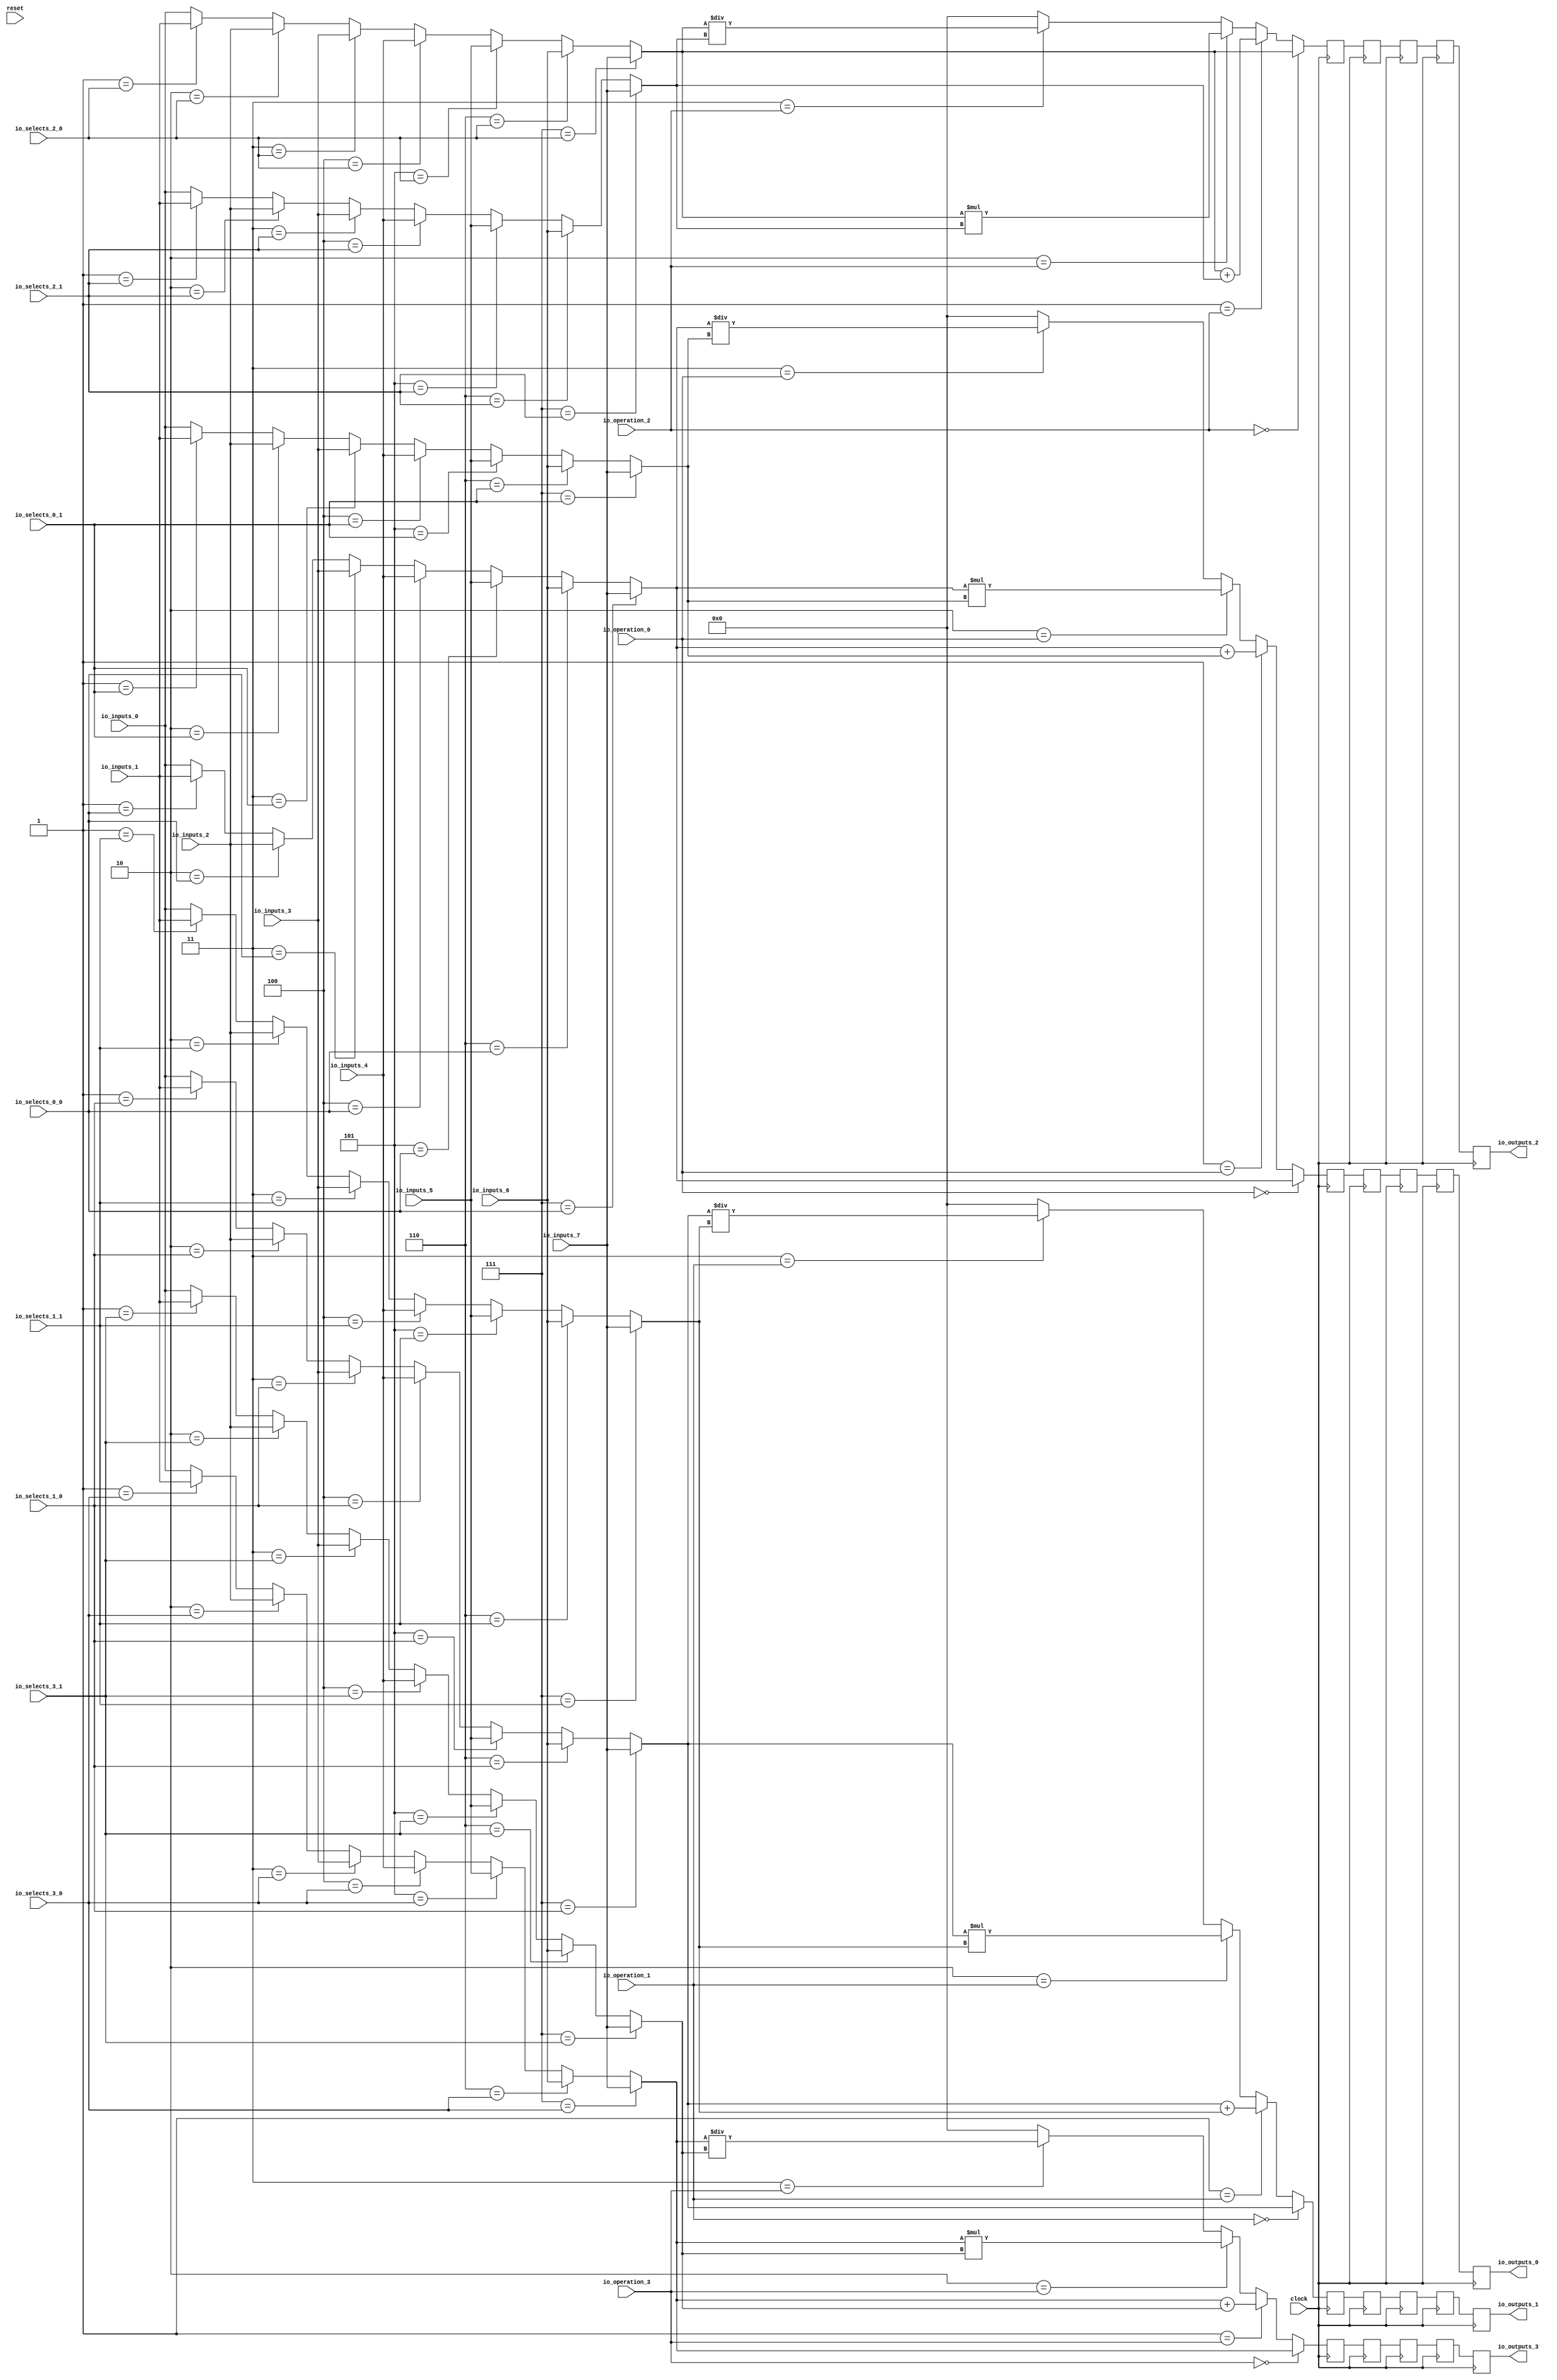
module MuxTest_width_64_inputs_8_outputs_4_pipeline_5( // @[:@3.2]
  input         clock, // @[:@4.4]
  input         reset, // @[:@5.4]
  input  [2:0]  io_selects_0_0, // @[:@6.4]
  input  [2:0]  io_selects_0_1, // @[:@6.4]
  input  [2:0]  io_selects_1_0, // @[:@6.4]
  input  [2:0]  io_selects_1_1, // @[:@6.4]
  input  [2:0]  io_selects_2_0, // @[:@6.4]
  input  [2:0]  io_selects_2_1, // @[:@6.4]
  input  [2:0]  io_selects_3_0, // @[:@6.4]
  input  [2:0]  io_selects_3_1, // @[:@6.4]
  input  [2:0]  io_operation_0, // @[:@6.4]
  input  [2:0]  io_operation_1, // @[:@6.4]
  input  [2:0]  io_operation_2, // @[:@6.4]
  input  [2:0]  io_operation_3, // @[:@6.4]
  input  [63:0] io_inputs_0, // @[:@6.4]
  input  [63:0] io_inputs_1, // @[:@6.4]
  input  [63:0] io_inputs_2, // @[:@6.4]
  input  [63:0] io_inputs_3, // @[:@6.4]
  input  [63:0] io_inputs_4, // @[:@6.4]
  input  [63:0] io_inputs_5, // @[:@6.4]
  input  [63:0] io_inputs_6, // @[:@6.4]
  input  [63:0] io_inputs_7, // @[:@6.4]
  output [63:0] io_outputs_0, // @[:@6.4]
  output [63:0] io_outputs_1, // @[:@6.4]
  output [63:0] io_outputs_2, // @[:@6.4]
  output [63:0] io_outputs_3 // @[:@6.4]
);
  wire [63:0] _GEN_1; // @[MuxTest_width_64_inputs_8_outputs_4_pipeline_5s.scala 32:53:@8.4]
  wire [63:0] _GEN_2; // @[MuxTest_width_64_inputs_8_outputs_4_pipeline_5s.scala 32:53:@8.4]
  wire [63:0] _GEN_3; // @[MuxTest_width_64_inputs_8_outputs_4_pipeline_5s.scala 32:53:@8.4]
  wire [63:0] _GEN_4; // @[MuxTest_width_64_inputs_8_outputs_4_pipeline_5s.scala 32:53:@8.4]
  wire [63:0] _GEN_5; // @[MuxTest_width_64_inputs_8_outputs_4_pipeline_5s.scala 32:53:@8.4]
  wire [63:0] _GEN_6; // @[MuxTest_width_64_inputs_8_outputs_4_pipeline_5s.scala 32:53:@8.4]
  wire [63:0] _GEN_7; // @[MuxTest_width_64_inputs_8_outputs_4_pipeline_5s.scala 32:53:@8.4]
  wire [63:0] _GEN_9; // @[MuxTest_width_64_inputs_8_outputs_4_pipeline_5s.scala 32:53:@8.4]
  wire [63:0] _GEN_10; // @[MuxTest_width_64_inputs_8_outputs_4_pipeline_5s.scala 32:53:@8.4]
  wire [63:0] _GEN_11; // @[MuxTest_width_64_inputs_8_outputs_4_pipeline_5s.scala 32:53:@8.4]
  wire [63:0] _GEN_12; // @[MuxTest_width_64_inputs_8_outputs_4_pipeline_5s.scala 32:53:@8.4]
  wire [63:0] _GEN_13; // @[MuxTest_width_64_inputs_8_outputs_4_pipeline_5s.scala 32:53:@8.4]
  wire [63:0] _GEN_14; // @[MuxTest_width_64_inputs_8_outputs_4_pipeline_5s.scala 32:53:@8.4]
  wire [63:0] _GEN_15; // @[MuxTest_width_64_inputs_8_outputs_4_pipeline_5s.scala 32:53:@8.4]
  wire [64:0] _T_250; // @[MuxTest_width_64_inputs_8_outputs_4_pipeline_5s.scala 32:53:@8.4]
  wire [63:0] _T_251; // @[MuxTest_width_64_inputs_8_outputs_4_pipeline_5s.scala 32:53:@9.4]
  wire [127:0] _T_253; // @[MuxTest_width_64_inputs_8_outputs_4_pipeline_5s.scala 33:58:@10.4]
  wire [63:0] _T_255; // @[MuxTest_width_64_inputs_8_outputs_4_pipeline_5s.scala 34:56:@11.4]
  wire  _T_256; // @[Mux.scala 46:19:@12.4]
  wire [63:0] _T_257; // @[Mux.scala 46:16:@13.4]
  wire  _T_258; // @[Mux.scala 46:19:@14.4]
  wire [127:0] _T_259; // @[Mux.scala 46:16:@15.4]
  wire  _T_260; // @[Mux.scala 46:19:@16.4]
  wire [127:0] _T_261; // @[Mux.scala 46:16:@17.4]
  wire  _T_262; // @[Mux.scala 46:19:@18.4]
  wire [63:0] _GEN_17; // @[MuxTest_width_64_inputs_8_outputs_4_pipeline_5s.scala 32:53:@20.4]
  wire [63:0] _GEN_18; // @[MuxTest_width_64_inputs_8_outputs_4_pipeline_5s.scala 32:53:@20.4]
  wire [63:0] _GEN_19; // @[MuxTest_width_64_inputs_8_outputs_4_pipeline_5s.scala 32:53:@20.4]
  wire [63:0] _GEN_20; // @[MuxTest_width_64_inputs_8_outputs_4_pipeline_5s.scala 32:53:@20.4]
  wire [63:0] _GEN_21; // @[MuxTest_width_64_inputs_8_outputs_4_pipeline_5s.scala 32:53:@20.4]
  wire [63:0] _GEN_22; // @[MuxTest_width_64_inputs_8_outputs_4_pipeline_5s.scala 32:53:@20.4]
  wire [63:0] _GEN_23; // @[MuxTest_width_64_inputs_8_outputs_4_pipeline_5s.scala 32:53:@20.4]
  wire [63:0] _GEN_25; // @[MuxTest_width_64_inputs_8_outputs_4_pipeline_5s.scala 32:53:@20.4]
  wire [63:0] _GEN_26; // @[MuxTest_width_64_inputs_8_outputs_4_pipeline_5s.scala 32:53:@20.4]
  wire [63:0] _GEN_27; // @[MuxTest_width_64_inputs_8_outputs_4_pipeline_5s.scala 32:53:@20.4]
  wire [63:0] _GEN_28; // @[MuxTest_width_64_inputs_8_outputs_4_pipeline_5s.scala 32:53:@20.4]
  wire [63:0] _GEN_29; // @[MuxTest_width_64_inputs_8_outputs_4_pipeline_5s.scala 32:53:@20.4]
  wire [63:0] _GEN_30; // @[MuxTest_width_64_inputs_8_outputs_4_pipeline_5s.scala 32:53:@20.4]
  wire [63:0] _GEN_31; // @[MuxTest_width_64_inputs_8_outputs_4_pipeline_5s.scala 32:53:@20.4]
  wire [64:0] _T_267; // @[MuxTest_width_64_inputs_8_outputs_4_pipeline_5s.scala 32:53:@20.4]
  wire [63:0] _T_268; // @[MuxTest_width_64_inputs_8_outputs_4_pipeline_5s.scala 32:53:@21.4]
  wire [127:0] _T_270; // @[MuxTest_width_64_inputs_8_outputs_4_pipeline_5s.scala 33:58:@22.4]
  wire [63:0] _T_272; // @[MuxTest_width_64_inputs_8_outputs_4_pipeline_5s.scala 34:56:@23.4]
  wire  _T_273; // @[Mux.scala 46:19:@24.4]
  wire [63:0] _T_274; // @[Mux.scala 46:16:@25.4]
  wire  _T_275; // @[Mux.scala 46:19:@26.4]
  wire [127:0] _T_276; // @[Mux.scala 46:16:@27.4]
  wire  _T_277; // @[Mux.scala 46:19:@28.4]
  wire [127:0] _T_278; // @[Mux.scala 46:16:@29.4]
  wire  _T_279; // @[Mux.scala 46:19:@30.4]
  wire [63:0] _GEN_33; // @[MuxTest_width_64_inputs_8_outputs_4_pipeline_5s.scala 32:53:@32.4]
  wire [63:0] _GEN_34; // @[MuxTest_width_64_inputs_8_outputs_4_pipeline_5s.scala 32:53:@32.4]
  wire [63:0] _GEN_35; // @[MuxTest_width_64_inputs_8_outputs_4_pipeline_5s.scala 32:53:@32.4]
  wire [63:0] _GEN_36; // @[MuxTest_width_64_inputs_8_outputs_4_pipeline_5s.scala 32:53:@32.4]
  wire [63:0] _GEN_37; // @[MuxTest_width_64_inputs_8_outputs_4_pipeline_5s.scala 32:53:@32.4]
  wire [63:0] _GEN_38; // @[MuxTest_width_64_inputs_8_outputs_4_pipeline_5s.scala 32:53:@32.4]
  wire [63:0] _GEN_39; // @[MuxTest_width_64_inputs_8_outputs_4_pipeline_5s.scala 32:53:@32.4]
  wire [63:0] _GEN_41; // @[MuxTest_width_64_inputs_8_outputs_4_pipeline_5s.scala 32:53:@32.4]
  wire [63:0] _GEN_42; // @[MuxTest_width_64_inputs_8_outputs_4_pipeline_5s.scala 32:53:@32.4]
  wire [63:0] _GEN_43; // @[MuxTest_width_64_inputs_8_outputs_4_pipeline_5s.scala 32:53:@32.4]
  wire [63:0] _GEN_44; // @[MuxTest_width_64_inputs_8_outputs_4_pipeline_5s.scala 32:53:@32.4]
  wire [63:0] _GEN_45; // @[MuxTest_width_64_inputs_8_outputs_4_pipeline_5s.scala 32:53:@32.4]
  wire [63:0] _GEN_46; // @[MuxTest_width_64_inputs_8_outputs_4_pipeline_5s.scala 32:53:@32.4]
  wire [63:0] _GEN_47; // @[MuxTest_width_64_inputs_8_outputs_4_pipeline_5s.scala 32:53:@32.4]
  wire [64:0] _T_284; // @[MuxTest_width_64_inputs_8_outputs_4_pipeline_5s.scala 32:53:@32.4]
  wire [63:0] _T_285; // @[MuxTest_width_64_inputs_8_outputs_4_pipeline_5s.scala 32:53:@33.4]
  wire [127:0] _T_287; // @[MuxTest_width_64_inputs_8_outputs_4_pipeline_5s.scala 33:58:@34.4]
  wire [63:0] _T_289; // @[MuxTest_width_64_inputs_8_outputs_4_pipeline_5s.scala 34:56:@35.4]
  wire  _T_290; // @[Mux.scala 46:19:@36.4]
  wire [63:0] _T_291; // @[Mux.scala 46:16:@37.4]
  wire  _T_292; // @[Mux.scala 46:19:@38.4]
  wire [127:0] _T_293; // @[Mux.scala 46:16:@39.4]
  wire  _T_294; // @[Mux.scala 46:19:@40.4]
  wire [127:0] _T_295; // @[Mux.scala 46:16:@41.4]
  wire  _T_296; // @[Mux.scala 46:19:@42.4]
  wire [63:0] _GEN_49; // @[MuxTest_width_64_inputs_8_outputs_4_pipeline_5s.scala 32:53:@44.4]
  wire [63:0] _GEN_50; // @[MuxTest_width_64_inputs_8_outputs_4_pipeline_5s.scala 32:53:@44.4]
  wire [63:0] _GEN_51; // @[MuxTest_width_64_inputs_8_outputs_4_pipeline_5s.scala 32:53:@44.4]
  wire [63:0] _GEN_52; // @[MuxTest_width_64_inputs_8_outputs_4_pipeline_5s.scala 32:53:@44.4]
  wire [63:0] _GEN_53; // @[MuxTest_width_64_inputs_8_outputs_4_pipeline_5s.scala 32:53:@44.4]
  wire [63:0] _GEN_54; // @[MuxTest_width_64_inputs_8_outputs_4_pipeline_5s.scala 32:53:@44.4]
  wire [63:0] _GEN_55; // @[MuxTest_width_64_inputs_8_outputs_4_pipeline_5s.scala 32:53:@44.4]
  wire [63:0] _GEN_57; // @[MuxTest_width_64_inputs_8_outputs_4_pipeline_5s.scala 32:53:@44.4]
  wire [63:0] _GEN_58; // @[MuxTest_width_64_inputs_8_outputs_4_pipeline_5s.scala 32:53:@44.4]
  wire [63:0] _GEN_59; // @[MuxTest_width_64_inputs_8_outputs_4_pipeline_5s.scala 32:53:@44.4]
  wire [63:0] _GEN_60; // @[MuxTest_width_64_inputs_8_outputs_4_pipeline_5s.scala 32:53:@44.4]
  wire [63:0] _GEN_61; // @[MuxTest_width_64_inputs_8_outputs_4_pipeline_5s.scala 32:53:@44.4]
  wire [63:0] _GEN_62; // @[MuxTest_width_64_inputs_8_outputs_4_pipeline_5s.scala 32:53:@44.4]
  wire [63:0] _GEN_63; // @[MuxTest_width_64_inputs_8_outputs_4_pipeline_5s.scala 32:53:@44.4]
  wire [64:0] _T_301; // @[MuxTest_width_64_inputs_8_outputs_4_pipeline_5s.scala 32:53:@44.4]
  wire [63:0] _T_302; // @[MuxTest_width_64_inputs_8_outputs_4_pipeline_5s.scala 32:53:@45.4]
  wire [127:0] _T_304; // @[MuxTest_width_64_inputs_8_outputs_4_pipeline_5s.scala 33:58:@46.4]
  wire [63:0] _T_306; // @[MuxTest_width_64_inputs_8_outputs_4_pipeline_5s.scala 34:56:@47.4]
  wire  _T_307; // @[Mux.scala 46:19:@48.4]
  wire [63:0] _T_308; // @[Mux.scala 46:16:@49.4]
  wire  _T_309; // @[Mux.scala 46:19:@50.4]
  wire [127:0] _T_310; // @[Mux.scala 46:16:@51.4]
  wire  _T_311; // @[Mux.scala 46:19:@52.4]
  wire [127:0] _T_312; // @[Mux.scala 46:16:@53.4]
  wire  _T_313; // @[Mux.scala 46:19:@54.4]
  reg [127:0] _T_317; // @[Reg.scala 11:16:@56.4]
  reg [127:0] _RAND_0;
  reg [127:0] _T_319; // @[Reg.scala 11:16:@60.4]
  reg [127:0] _RAND_1;
  reg [127:0] _T_321; // @[Reg.scala 11:16:@64.4]
  reg [127:0] _RAND_2;
  reg [127:0] _T_323; // @[Reg.scala 11:16:@68.4]
  reg [127:0] _RAND_3;
  reg [127:0] _T_325; // @[Reg.scala 11:16:@72.4]
  reg [127:0] _RAND_4;
  reg [127:0] _T_328; // @[Reg.scala 11:16:@76.4]
  reg [127:0] _RAND_5;
  reg [127:0] _T_330; // @[Reg.scala 11:16:@80.4]
  reg [127:0] _RAND_6;
  reg [127:0] _T_332; // @[Reg.scala 11:16:@84.4]
  reg [127:0] _RAND_7;
  reg [127:0] _T_334; // @[Reg.scala 11:16:@88.4]
  reg [127:0] _RAND_8;
  reg [127:0] _T_336; // @[Reg.scala 11:16:@92.4]
  reg [127:0] _RAND_9;
  reg [127:0] _T_339; // @[Reg.scala 11:16:@96.4]
  reg [127:0] _RAND_10;
  reg [127:0] _T_341; // @[Reg.scala 11:16:@100.4]
  reg [127:0] _RAND_11;
  reg [127:0] _T_343; // @[Reg.scala 11:16:@104.4]
  reg [127:0] _RAND_12;
  reg [127:0] _T_345; // @[Reg.scala 11:16:@108.4]
  reg [127:0] _RAND_13;
  reg [127:0] _T_347; // @[Reg.scala 11:16:@112.4]
  reg [127:0] _RAND_14;
  reg [127:0] _T_350; // @[Reg.scala 11:16:@116.4]
  reg [127:0] _RAND_15;
  reg [127:0] _T_352; // @[Reg.scala 11:16:@120.4]
  reg [127:0] _RAND_16;
  reg [127:0] _T_354; // @[Reg.scala 11:16:@124.4]
  reg [127:0] _RAND_17;
  reg [127:0] _T_356; // @[Reg.scala 11:16:@128.4]
  reg [127:0] _RAND_18;
  reg [127:0] _T_358; // @[Reg.scala 11:16:@132.4]
  reg [127:0] _RAND_19;
  assign _GEN_1 = 3'h1 == io_selects_0_0 ? io_inputs_1 : io_inputs_0; // @[MuxTest_width_64_inputs_8_outputs_4_pipeline_5s.scala 32:53:@8.4]
  assign _GEN_2 = 3'h2 == io_selects_0_0 ? io_inputs_2 : _GEN_1; // @[MuxTest_width_64_inputs_8_outputs_4_pipeline_5s.scala 32:53:@8.4]
  assign _GEN_3 = 3'h3 == io_selects_0_0 ? io_inputs_3 : _GEN_2; // @[MuxTest_width_64_inputs_8_outputs_4_pipeline_5s.scala 32:53:@8.4]
  assign _GEN_4 = 3'h4 == io_selects_0_0 ? io_inputs_4 : _GEN_3; // @[MuxTest_width_64_inputs_8_outputs_4_pipeline_5s.scala 32:53:@8.4]
  assign _GEN_5 = 3'h5 == io_selects_0_0 ? io_inputs_5 : _GEN_4; // @[MuxTest_width_64_inputs_8_outputs_4_pipeline_5s.scala 32:53:@8.4]
  assign _GEN_6 = 3'h6 == io_selects_0_0 ? io_inputs_6 : _GEN_5; // @[MuxTest_width_64_inputs_8_outputs_4_pipeline_5s.scala 32:53:@8.4]
  assign _GEN_7 = 3'h7 == io_selects_0_0 ? io_inputs_7 : _GEN_6; // @[MuxTest_width_64_inputs_8_outputs_4_pipeline_5s.scala 32:53:@8.4]
  assign _GEN_9 = 3'h1 == io_selects_0_1 ? io_inputs_1 : io_inputs_0; // @[MuxTest_width_64_inputs_8_outputs_4_pipeline_5s.scala 32:53:@8.4]
  assign _GEN_10 = 3'h2 == io_selects_0_1 ? io_inputs_2 : _GEN_9; // @[MuxTest_width_64_inputs_8_outputs_4_pipeline_5s.scala 32:53:@8.4]
  assign _GEN_11 = 3'h3 == io_selects_0_1 ? io_inputs_3 : _GEN_10; // @[MuxTest_width_64_inputs_8_outputs_4_pipeline_5s.scala 32:53:@8.4]
  assign _GEN_12 = 3'h4 == io_selects_0_1 ? io_inputs_4 : _GEN_11; // @[MuxTest_width_64_inputs_8_outputs_4_pipeline_5s.scala 32:53:@8.4]
  assign _GEN_13 = 3'h5 == io_selects_0_1 ? io_inputs_5 : _GEN_12; // @[MuxTest_width_64_inputs_8_outputs_4_pipeline_5s.scala 32:53:@8.4]
  assign _GEN_14 = 3'h6 == io_selects_0_1 ? io_inputs_6 : _GEN_13; // @[MuxTest_width_64_inputs_8_outputs_4_pipeline_5s.scala 32:53:@8.4]
  assign _GEN_15 = 3'h7 == io_selects_0_1 ? io_inputs_7 : _GEN_14; // @[MuxTest_width_64_inputs_8_outputs_4_pipeline_5s.scala 32:53:@8.4]
  assign _T_250 = _GEN_7 + _GEN_15; // @[MuxTest_width_64_inputs_8_outputs_4_pipeline_5s.scala 32:53:@8.4]
  assign _T_251 = _GEN_7 + _GEN_15; // @[MuxTest_width_64_inputs_8_outputs_4_pipeline_5s.scala 32:53:@9.4]
  assign _T_253 = _GEN_7 * _GEN_15; // @[MuxTest_width_64_inputs_8_outputs_4_pipeline_5s.scala 33:58:@10.4]
  assign _T_255 = _GEN_7 / _GEN_15; // @[MuxTest_width_64_inputs_8_outputs_4_pipeline_5s.scala 34:56:@11.4]
  assign _T_256 = 3'h3 == io_operation_0; // @[Mux.scala 46:19:@12.4]
  assign _T_257 = _T_256 ? _T_255 : 64'h0; // @[Mux.scala 46:16:@13.4]
  assign _T_258 = 3'h2 == io_operation_0; // @[Mux.scala 46:19:@14.4]
  assign _T_259 = _T_258 ? _T_253 : {{64'd0}, _T_257}; // @[Mux.scala 46:16:@15.4]
  assign _T_260 = 3'h1 == io_operation_0; // @[Mux.scala 46:19:@16.4]
  assign _T_261 = _T_260 ? {{64'd0}, _T_251} : _T_259; // @[Mux.scala 46:16:@17.4]
  assign _T_262 = 3'h0 == io_operation_0; // @[Mux.scala 46:19:@18.4]
  assign _GEN_17 = 3'h1 == io_selects_1_0 ? io_inputs_1 : io_inputs_0; // @[MuxTest_width_64_inputs_8_outputs_4_pipeline_5s.scala 32:53:@20.4]
  assign _GEN_18 = 3'h2 == io_selects_1_0 ? io_inputs_2 : _GEN_17; // @[MuxTest_width_64_inputs_8_outputs_4_pipeline_5s.scala 32:53:@20.4]
  assign _GEN_19 = 3'h3 == io_selects_1_0 ? io_inputs_3 : _GEN_18; // @[MuxTest_width_64_inputs_8_outputs_4_pipeline_5s.scala 32:53:@20.4]
  assign _GEN_20 = 3'h4 == io_selects_1_0 ? io_inputs_4 : _GEN_19; // @[MuxTest_width_64_inputs_8_outputs_4_pipeline_5s.scala 32:53:@20.4]
  assign _GEN_21 = 3'h5 == io_selects_1_0 ? io_inputs_5 : _GEN_20; // @[MuxTest_width_64_inputs_8_outputs_4_pipeline_5s.scala 32:53:@20.4]
  assign _GEN_22 = 3'h6 == io_selects_1_0 ? io_inputs_6 : _GEN_21; // @[MuxTest_width_64_inputs_8_outputs_4_pipeline_5s.scala 32:53:@20.4]
  assign _GEN_23 = 3'h7 == io_selects_1_0 ? io_inputs_7 : _GEN_22; // @[MuxTest_width_64_inputs_8_outputs_4_pipeline_5s.scala 32:53:@20.4]
  assign _GEN_25 = 3'h1 == io_selects_1_1 ? io_inputs_1 : io_inputs_0; // @[MuxTest_width_64_inputs_8_outputs_4_pipeline_5s.scala 32:53:@20.4]
  assign _GEN_26 = 3'h2 == io_selects_1_1 ? io_inputs_2 : _GEN_25; // @[MuxTest_width_64_inputs_8_outputs_4_pipeline_5s.scala 32:53:@20.4]
  assign _GEN_27 = 3'h3 == io_selects_1_1 ? io_inputs_3 : _GEN_26; // @[MuxTest_width_64_inputs_8_outputs_4_pipeline_5s.scala 32:53:@20.4]
  assign _GEN_28 = 3'h4 == io_selects_1_1 ? io_inputs_4 : _GEN_27; // @[MuxTest_width_64_inputs_8_outputs_4_pipeline_5s.scala 32:53:@20.4]
  assign _GEN_29 = 3'h5 == io_selects_1_1 ? io_inputs_5 : _GEN_28; // @[MuxTest_width_64_inputs_8_outputs_4_pipeline_5s.scala 32:53:@20.4]
  assign _GEN_30 = 3'h6 == io_selects_1_1 ? io_inputs_6 : _GEN_29; // @[MuxTest_width_64_inputs_8_outputs_4_pipeline_5s.scala 32:53:@20.4]
  assign _GEN_31 = 3'h7 == io_selects_1_1 ? io_inputs_7 : _GEN_30; // @[MuxTest_width_64_inputs_8_outputs_4_pipeline_5s.scala 32:53:@20.4]
  assign _T_267 = _GEN_23 + _GEN_31; // @[MuxTest_width_64_inputs_8_outputs_4_pipeline_5s.scala 32:53:@20.4]
  assign _T_268 = _GEN_23 + _GEN_31; // @[MuxTest_width_64_inputs_8_outputs_4_pipeline_5s.scala 32:53:@21.4]
  assign _T_270 = _GEN_23 * _GEN_31; // @[MuxTest_width_64_inputs_8_outputs_4_pipeline_5s.scala 33:58:@22.4]
  assign _T_272 = _GEN_23 / _GEN_31; // @[MuxTest_width_64_inputs_8_outputs_4_pipeline_5s.scala 34:56:@23.4]
  assign _T_273 = 3'h3 == io_operation_1; // @[Mux.scala 46:19:@24.4]
  assign _T_274 = _T_273 ? _T_272 : 64'h0; // @[Mux.scala 46:16:@25.4]
  assign _T_275 = 3'h2 == io_operation_1; // @[Mux.scala 46:19:@26.4]
  assign _T_276 = _T_275 ? _T_270 : {{64'd0}, _T_274}; // @[Mux.scala 46:16:@27.4]
  assign _T_277 = 3'h1 == io_operation_1; // @[Mux.scala 46:19:@28.4]
  assign _T_278 = _T_277 ? {{64'd0}, _T_268} : _T_276; // @[Mux.scala 46:16:@29.4]
  assign _T_279 = 3'h0 == io_operation_1; // @[Mux.scala 46:19:@30.4]
  assign _GEN_33 = 3'h1 == io_selects_2_0 ? io_inputs_1 : io_inputs_0; // @[MuxTest_width_64_inputs_8_outputs_4_pipeline_5s.scala 32:53:@32.4]
  assign _GEN_34 = 3'h2 == io_selects_2_0 ? io_inputs_2 : _GEN_33; // @[MuxTest_width_64_inputs_8_outputs_4_pipeline_5s.scala 32:53:@32.4]
  assign _GEN_35 = 3'h3 == io_selects_2_0 ? io_inputs_3 : _GEN_34; // @[MuxTest_width_64_inputs_8_outputs_4_pipeline_5s.scala 32:53:@32.4]
  assign _GEN_36 = 3'h4 == io_selects_2_0 ? io_inputs_4 : _GEN_35; // @[MuxTest_width_64_inputs_8_outputs_4_pipeline_5s.scala 32:53:@32.4]
  assign _GEN_37 = 3'h5 == io_selects_2_0 ? io_inputs_5 : _GEN_36; // @[MuxTest_width_64_inputs_8_outputs_4_pipeline_5s.scala 32:53:@32.4]
  assign _GEN_38 = 3'h6 == io_selects_2_0 ? io_inputs_6 : _GEN_37; // @[MuxTest_width_64_inputs_8_outputs_4_pipeline_5s.scala 32:53:@32.4]
  assign _GEN_39 = 3'h7 == io_selects_2_0 ? io_inputs_7 : _GEN_38; // @[MuxTest_width_64_inputs_8_outputs_4_pipeline_5s.scala 32:53:@32.4]
  assign _GEN_41 = 3'h1 == io_selects_2_1 ? io_inputs_1 : io_inputs_0; // @[MuxTest_width_64_inputs_8_outputs_4_pipeline_5s.scala 32:53:@32.4]
  assign _GEN_42 = 3'h2 == io_selects_2_1 ? io_inputs_2 : _GEN_41; // @[MuxTest_width_64_inputs_8_outputs_4_pipeline_5s.scala 32:53:@32.4]
  assign _GEN_43 = 3'h3 == io_selects_2_1 ? io_inputs_3 : _GEN_42; // @[MuxTest_width_64_inputs_8_outputs_4_pipeline_5s.scala 32:53:@32.4]
  assign _GEN_44 = 3'h4 == io_selects_2_1 ? io_inputs_4 : _GEN_43; // @[MuxTest_width_64_inputs_8_outputs_4_pipeline_5s.scala 32:53:@32.4]
  assign _GEN_45 = 3'h5 == io_selects_2_1 ? io_inputs_5 : _GEN_44; // @[MuxTest_width_64_inputs_8_outputs_4_pipeline_5s.scala 32:53:@32.4]
  assign _GEN_46 = 3'h6 == io_selects_2_1 ? io_inputs_6 : _GEN_45; // @[MuxTest_width_64_inputs_8_outputs_4_pipeline_5s.scala 32:53:@32.4]
  assign _GEN_47 = 3'h7 == io_selects_2_1 ? io_inputs_7 : _GEN_46; // @[MuxTest_width_64_inputs_8_outputs_4_pipeline_5s.scala 32:53:@32.4]
  assign _T_284 = _GEN_39 + _GEN_47; // @[MuxTest_width_64_inputs_8_outputs_4_pipeline_5s.scala 32:53:@32.4]
  assign _T_285 = _GEN_39 + _GEN_47; // @[MuxTest_width_64_inputs_8_outputs_4_pipeline_5s.scala 32:53:@33.4]
  assign _T_287 = _GEN_39 * _GEN_47; // @[MuxTest_width_64_inputs_8_outputs_4_pipeline_5s.scala 33:58:@34.4]
  assign _T_289 = _GEN_39 / _GEN_47; // @[MuxTest_width_64_inputs_8_outputs_4_pipeline_5s.scala 34:56:@35.4]
  assign _T_290 = 3'h3 == io_operation_2; // @[Mux.scala 46:19:@36.4]
  assign _T_291 = _T_290 ? _T_289 : 64'h0; // @[Mux.scala 46:16:@37.4]
  assign _T_292 = 3'h2 == io_operation_2; // @[Mux.scala 46:19:@38.4]
  assign _T_293 = _T_292 ? _T_287 : {{64'd0}, _T_291}; // @[Mux.scala 46:16:@39.4]
  assign _T_294 = 3'h1 == io_operation_2; // @[Mux.scala 46:19:@40.4]
  assign _T_295 = _T_294 ? {{64'd0}, _T_285} : _T_293; // @[Mux.scala 46:16:@41.4]
  assign _T_296 = 3'h0 == io_operation_2; // @[Mux.scala 46:19:@42.4]
  assign _GEN_49 = 3'h1 == io_selects_3_0 ? io_inputs_1 : io_inputs_0; // @[MuxTest_width_64_inputs_8_outputs_4_pipeline_5s.scala 32:53:@44.4]
  assign _GEN_50 = 3'h2 == io_selects_3_0 ? io_inputs_2 : _GEN_49; // @[MuxTest_width_64_inputs_8_outputs_4_pipeline_5s.scala 32:53:@44.4]
  assign _GEN_51 = 3'h3 == io_selects_3_0 ? io_inputs_3 : _GEN_50; // @[MuxTest_width_64_inputs_8_outputs_4_pipeline_5s.scala 32:53:@44.4]
  assign _GEN_52 = 3'h4 == io_selects_3_0 ? io_inputs_4 : _GEN_51; // @[MuxTest_width_64_inputs_8_outputs_4_pipeline_5s.scala 32:53:@44.4]
  assign _GEN_53 = 3'h5 == io_selects_3_0 ? io_inputs_5 : _GEN_52; // @[MuxTest_width_64_inputs_8_outputs_4_pipeline_5s.scala 32:53:@44.4]
  assign _GEN_54 = 3'h6 == io_selects_3_0 ? io_inputs_6 : _GEN_53; // @[MuxTest_width_64_inputs_8_outputs_4_pipeline_5s.scala 32:53:@44.4]
  assign _GEN_55 = 3'h7 == io_selects_3_0 ? io_inputs_7 : _GEN_54; // @[MuxTest_width_64_inputs_8_outputs_4_pipeline_5s.scala 32:53:@44.4]
  assign _GEN_57 = 3'h1 == io_selects_3_1 ? io_inputs_1 : io_inputs_0; // @[MuxTest_width_64_inputs_8_outputs_4_pipeline_5s.scala 32:53:@44.4]
  assign _GEN_58 = 3'h2 == io_selects_3_1 ? io_inputs_2 : _GEN_57; // @[MuxTest_width_64_inputs_8_outputs_4_pipeline_5s.scala 32:53:@44.4]
  assign _GEN_59 = 3'h3 == io_selects_3_1 ? io_inputs_3 : _GEN_58; // @[MuxTest_width_64_inputs_8_outputs_4_pipeline_5s.scala 32:53:@44.4]
  assign _GEN_60 = 3'h4 == io_selects_3_1 ? io_inputs_4 : _GEN_59; // @[MuxTest_width_64_inputs_8_outputs_4_pipeline_5s.scala 32:53:@44.4]
  assign _GEN_61 = 3'h5 == io_selects_3_1 ? io_inputs_5 : _GEN_60; // @[MuxTest_width_64_inputs_8_outputs_4_pipeline_5s.scala 32:53:@44.4]
  assign _GEN_62 = 3'h6 == io_selects_3_1 ? io_inputs_6 : _GEN_61; // @[MuxTest_width_64_inputs_8_outputs_4_pipeline_5s.scala 32:53:@44.4]
  assign _GEN_63 = 3'h7 == io_selects_3_1 ? io_inputs_7 : _GEN_62; // @[MuxTest_width_64_inputs_8_outputs_4_pipeline_5s.scala 32:53:@44.4]
  assign _T_301 = _GEN_55 + _GEN_63; // @[MuxTest_width_64_inputs_8_outputs_4_pipeline_5s.scala 32:53:@44.4]
  assign _T_302 = _GEN_55 + _GEN_63; // @[MuxTest_width_64_inputs_8_outputs_4_pipeline_5s.scala 32:53:@45.4]
  assign _T_304 = _GEN_55 * _GEN_63; // @[MuxTest_width_64_inputs_8_outputs_4_pipeline_5s.scala 33:58:@46.4]
  assign _T_306 = _GEN_55 / _GEN_63; // @[MuxTest_width_64_inputs_8_outputs_4_pipeline_5s.scala 34:56:@47.4]
  assign _T_307 = 3'h3 == io_operation_3; // @[Mux.scala 46:19:@48.4]
  assign _T_308 = _T_307 ? _T_306 : 64'h0; // @[Mux.scala 46:16:@49.4]
  assign _T_309 = 3'h2 == io_operation_3; // @[Mux.scala 46:19:@50.4]
  assign _T_310 = _T_309 ? _T_304 : {{64'd0}, _T_308}; // @[Mux.scala 46:16:@51.4]
  assign _T_311 = 3'h1 == io_operation_3; // @[Mux.scala 46:19:@52.4]
  assign _T_312 = _T_311 ? {{64'd0}, _T_302} : _T_310; // @[Mux.scala 46:16:@53.4]
  assign _T_313 = 3'h0 == io_operation_3; // @[Mux.scala 46:19:@54.4]
  assign io_outputs_0 = _T_325[63:0]; // @[MuxTest_width_64_inputs_8_outputs_4_pipeline_5s.scala 23:14:@136.4]
  assign io_outputs_1 = _T_336[63:0]; // @[MuxTest_width_64_inputs_8_outputs_4_pipeline_5s.scala 23:14:@137.4]
  assign io_outputs_2 = _T_347[63:0]; // @[MuxTest_width_64_inputs_8_outputs_4_pipeline_5s.scala 23:14:@138.4]
  assign io_outputs_3 = _T_358[63:0]; // @[MuxTest_width_64_inputs_8_outputs_4_pipeline_5s.scala 23:14:@139.4]
`ifdef RANDOMIZE_GARBAGE_ASSIGN
`define RANDOMIZE
`endif
`ifdef RANDOMIZE_INVALID_ASSIGN
`define RANDOMIZE
`endif
`ifdef RANDOMIZE_REG_INIT
`define RANDOMIZE
`endif
`ifdef RANDOMIZE_MEM_INIT
`define RANDOMIZE
`endif
`ifndef RANDOM
`define RANDOM $random
`endif
`ifdef RANDOMIZE
  integer initvar;
  initial begin
    `ifdef INIT_RANDOM
      `INIT_RANDOM
    `endif
    `ifndef VERILATOR
      #0.002 begin end
    `endif
  `ifdef RANDOMIZE_REG_INIT
  _RAND_0 = {4{`RANDOM}};
  _T_317 = _RAND_0[127:0];
  `endif // RANDOMIZE_REG_INIT
  `ifdef RANDOMIZE_REG_INIT
  _RAND_1 = {4{`RANDOM}};
  _T_319 = _RAND_1[127:0];
  `endif // RANDOMIZE_REG_INIT
  `ifdef RANDOMIZE_REG_INIT
  _RAND_2 = {4{`RANDOM}};
  _T_321 = _RAND_2[127:0];
  `endif // RANDOMIZE_REG_INIT
  `ifdef RANDOMIZE_REG_INIT
  _RAND_3 = {4{`RANDOM}};
  _T_323 = _RAND_3[127:0];
  `endif // RANDOMIZE_REG_INIT
  `ifdef RANDOMIZE_REG_INIT
  _RAND_4 = {4{`RANDOM}};
  _T_325 = _RAND_4[127:0];
  `endif // RANDOMIZE_REG_INIT
  `ifdef RANDOMIZE_REG_INIT
  _RAND_5 = {4{`RANDOM}};
  _T_328 = _RAND_5[127:0];
  `endif // RANDOMIZE_REG_INIT
  `ifdef RANDOMIZE_REG_INIT
  _RAND_6 = {4{`RANDOM}};
  _T_330 = _RAND_6[127:0];
  `endif // RANDOMIZE_REG_INIT
  `ifdef RANDOMIZE_REG_INIT
  _RAND_7 = {4{`RANDOM}};
  _T_332 = _RAND_7[127:0];
  `endif // RANDOMIZE_REG_INIT
  `ifdef RANDOMIZE_REG_INIT
  _RAND_8 = {4{`RANDOM}};
  _T_334 = _RAND_8[127:0];
  `endif // RANDOMIZE_REG_INIT
  `ifdef RANDOMIZE_REG_INIT
  _RAND_9 = {4{`RANDOM}};
  _T_336 = _RAND_9[127:0];
  `endif // RANDOMIZE_REG_INIT
  `ifdef RANDOMIZE_REG_INIT
  _RAND_10 = {4{`RANDOM}};
  _T_339 = _RAND_10[127:0];
  `endif // RANDOMIZE_REG_INIT
  `ifdef RANDOMIZE_REG_INIT
  _RAND_11 = {4{`RANDOM}};
  _T_341 = _RAND_11[127:0];
  `endif // RANDOMIZE_REG_INIT
  `ifdef RANDOMIZE_REG_INIT
  _RAND_12 = {4{`RANDOM}};
  _T_343 = _RAND_12[127:0];
  `endif // RANDOMIZE_REG_INIT
  `ifdef RANDOMIZE_REG_INIT
  _RAND_13 = {4{`RANDOM}};
  _T_345 = _RAND_13[127:0];
  `endif // RANDOMIZE_REG_INIT
  `ifdef RANDOMIZE_REG_INIT
  _RAND_14 = {4{`RANDOM}};
  _T_347 = _RAND_14[127:0];
  `endif // RANDOMIZE_REG_INIT
  `ifdef RANDOMIZE_REG_INIT
  _RAND_15 = {4{`RANDOM}};
  _T_350 = _RAND_15[127:0];
  `endif // RANDOMIZE_REG_INIT
  `ifdef RANDOMIZE_REG_INIT
  _RAND_16 = {4{`RANDOM}};
  _T_352 = _RAND_16[127:0];
  `endif // RANDOMIZE_REG_INIT
  `ifdef RANDOMIZE_REG_INIT
  _RAND_17 = {4{`RANDOM}};
  _T_354 = _RAND_17[127:0];
  `endif // RANDOMIZE_REG_INIT
  `ifdef RANDOMIZE_REG_INIT
  _RAND_18 = {4{`RANDOM}};
  _T_356 = _RAND_18[127:0];
  `endif // RANDOMIZE_REG_INIT
  `ifdef RANDOMIZE_REG_INIT
  _RAND_19 = {4{`RANDOM}};
  _T_358 = _RAND_19[127:0];
  `endif // RANDOMIZE_REG_INIT
  end
`endif // RANDOMIZE
  always @(posedge clock) begin
    if (_T_262) begin
      _T_317 <= {{64'd0}, _GEN_7};
    end else begin
      _T_317 <= _T_261;
    end
    _T_319 <= _T_317;
    _T_321 <= _T_319;
    _T_323 <= _T_321;
    _T_325 <= _T_323;
    if (_T_279) begin
      _T_328 <= {{64'd0}, _GEN_23};
    end else begin
      _T_328 <= _T_278;
    end
    _T_330 <= _T_328;
    _T_332 <= _T_330;
    _T_334 <= _T_332;
    _T_336 <= _T_334;
    if (_T_296) begin
      _T_339 <= {{64'd0}, _GEN_39};
    end else begin
      _T_339 <= _T_295;
    end
    _T_341 <= _T_339;
    _T_343 <= _T_341;
    _T_345 <= _T_343;
    _T_347 <= _T_345;
    if (_T_313) begin
      _T_350 <= {{64'd0}, _GEN_55};
    end else begin
      _T_350 <= _T_312;
    end
    _T_352 <= _T_350;
    _T_354 <= _T_352;
    _T_356 <= _T_354;
    _T_358 <= _T_356;
  end
endmodule